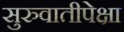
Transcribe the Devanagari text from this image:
सुरुवातीपेक्षा